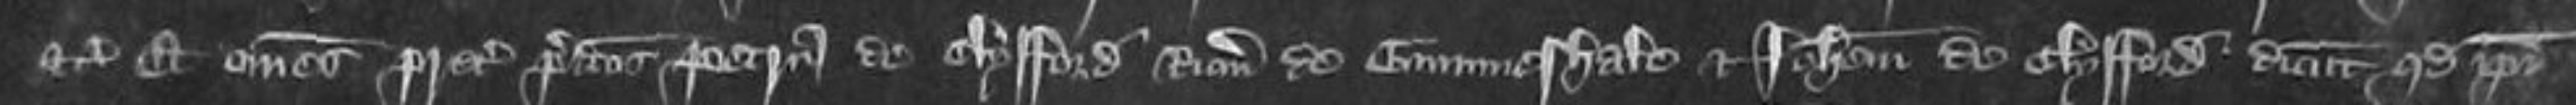
etc et omnes preter predictos Petrum de Clyfford Ricardum de Gummeshale et Johannem de Clyfford dicunt quod ipsi